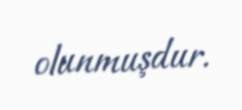
olunmuşdur.